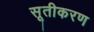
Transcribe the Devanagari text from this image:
सूतीकरण